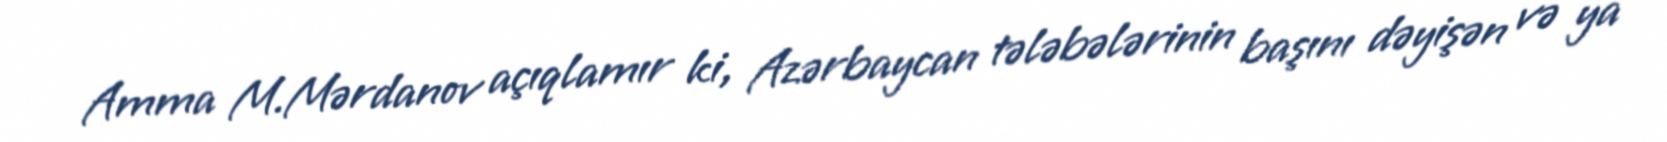
Amma M.Mərdanov açıqlamır ki, Azərbaycan tələbələrinin başını dəyişən və ya